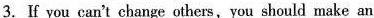
3.If you can't change others，you should make an